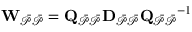
\mathbf { W } _ { \mathcal { \Bar { P } \Bar { P } } } = \mathbf { Q _ { \mathcal { \Bar { P } \Bar { P } } } D _ { \mathcal { \Bar { P } \Bar { P } } } } \mathbf { Q _ { \mathcal { \Bar { P } \Bar { P } } } } ^ { - 1 }